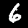
Label: 6